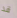
قد